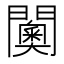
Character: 𮤦